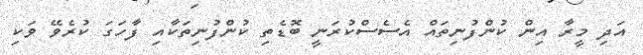
އަދި މީރާ އިން ކުންފުނިތައް އެސެސްކުރަނީ ބޮޑެތި ކުންފުނިތަކާއި ފާހަގަ ކުރެވޭ ވަކި